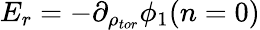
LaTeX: E_{r}=-\partial_{\rho_{tor}}\phi_{1}(n=0)